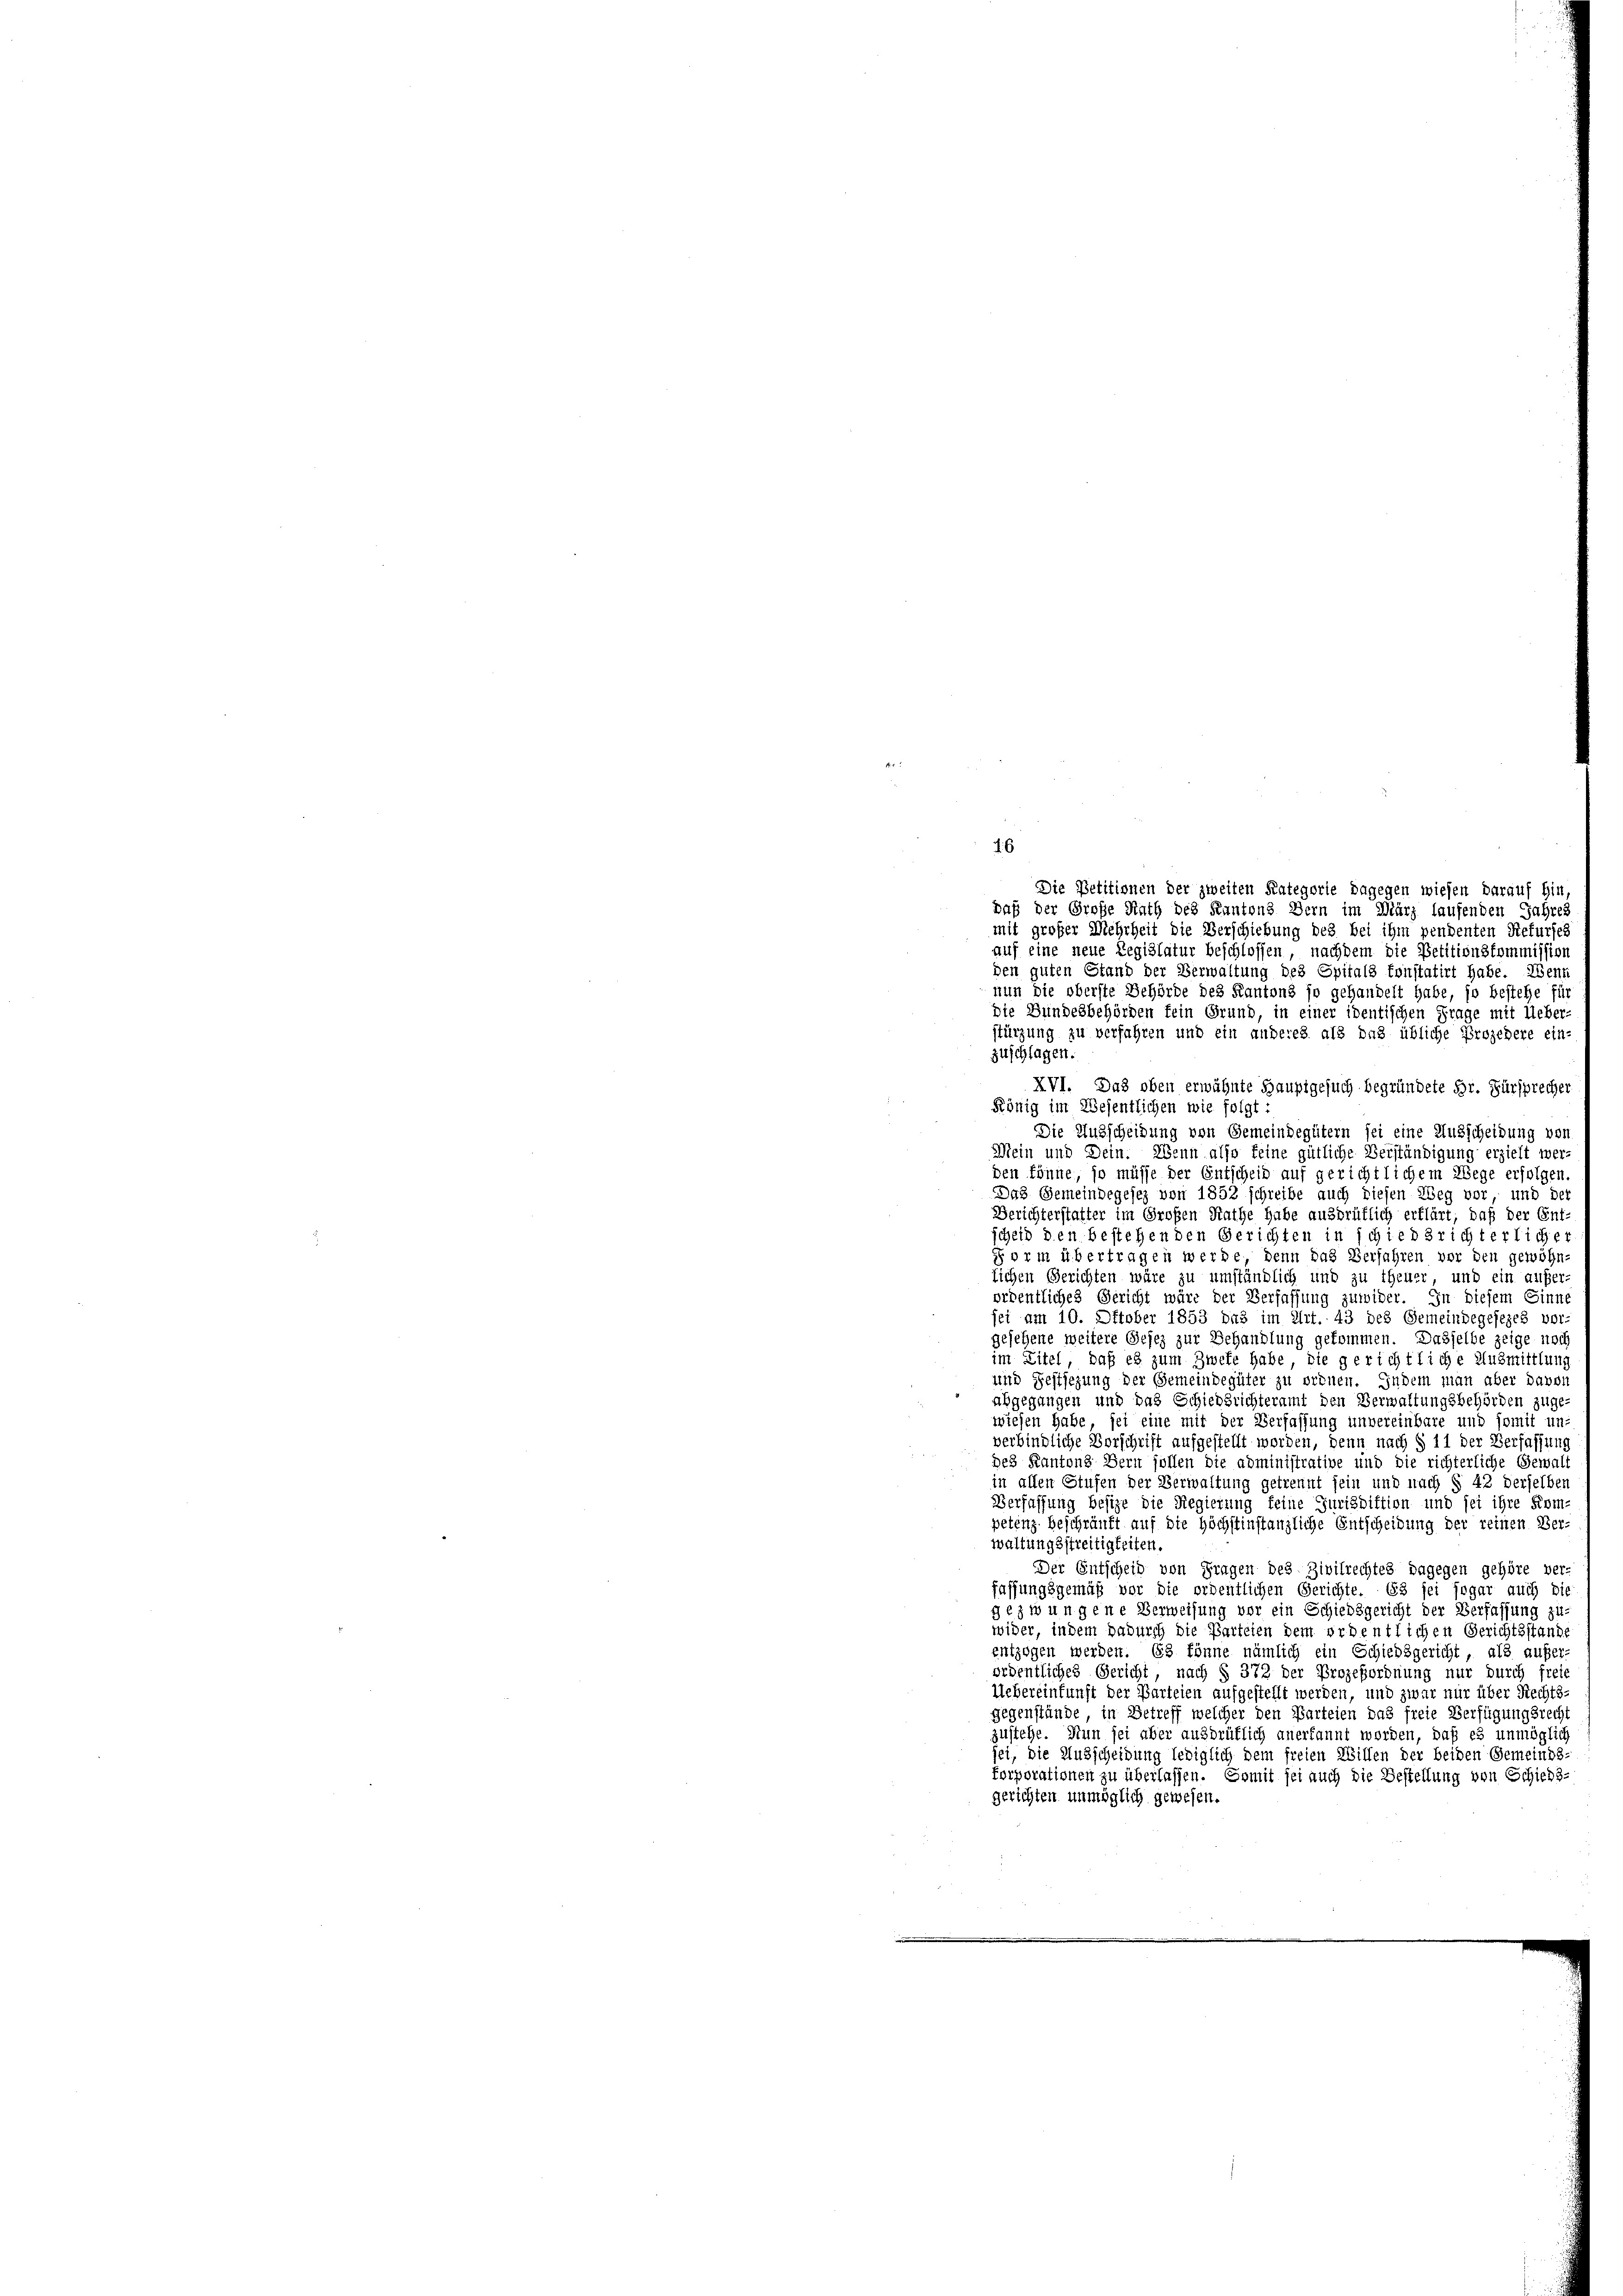
6

Die Petitionen der zweiten Kategorie dagegen wiesen darauf hin
daß der Große Rath des Kantons Bern im März laufenden Jahres
mit großer Mehrheit die Verschiebung des bei ihm pendenten Refurfe
auf eine neue Regislatur beschlossen, nachdem die Petitionskommission
den guten Stand der Verwaltung des Spitals konstatirt habe. Went
nun die oberste Behörde des Kantons so gehandelt habe, so bestehe für
dte Bundesbehörden fein Grund, in einer identischen Frage mit Ueber-
stürzung zu verfahren und ein anderes als das übliche Projedere ein-
zuschlagen.
XVI. Das oben erwähnte Hauptgesuch begründete Hr. Fürsprecher
König im Wesentlichen wie folgt:
Die Ausscheidung von Gemeindegütern sei eine Ausscheidung von
Mein und Dein. Wenn also feine gütliche Verständigung erzielt wer-
den könne, so müsse der Entscheid auf gerichtlichem Wege erfolgen,
Das Gemeindegesez von 1852 schreibe auch ziehen Weg vor, und der
Berichterstatter im Großen Rathe habe ausbrütlich erklärt, daß der Entscheid den bestehenden Gerichten in schiedsrichterlicher
Form übertragen werde, denn das Verfahren vor den gewöhn-
lichen Gerichten wäre zu umständlich und zu theuer, und ein aufer-
ordentliches Gericht wäre der Verfassung zuwider. In diesem Sinn
sei am 10. Oktober 1853 des im Art. 43 des Gemeindegesezes vor-
gesehene weitere Gesez zur Behandlung gekommen. Dasselbe zeige noch
im Zitel, daß es zum Zweke habe, die gerichtliche Ausmittlung
und Festsezung der Gemeinbegüter zu ordnen. Indem man aber davon
abgegangen und das Schiedsrichteramt den Verwaltungsbehörden zuge-
wiesen habe, sei eine mit der Verfassung unvereinbare und somit un-
verbindliche Vorschrift aufgestellt worden, denn nach § 11 der Verfassung
des Kantons Bern sollen die administrative und die richterliche Gewalt
in allen Stufen der Verwaltung getrennt sein und nach § 42 derselben
Verfassung besize die Regierung feine Jurisdiktion und sei ihre Kom-
petenz. Beschränkt auf die höchstinstanzliche Entscheidung der reinen Ver-
waltungsstreitigkeiten
Der Entscheid von Fragen des Zivilrechtes dagegen gehöre ver-
fassungsgemäß vor die ordentlichen Gerichte. 653 sei sogar auch die
gezwungene Verweisung vor ein Schiedsgericht der Verfassung zu
wider, indem dadurch die Parteien dem ordentlichen Gerichtsstande
entzogen werden. Es könne nämlich ein Schiedsgericht, als aufer-
ordentliches Gericht, nach § 372 der Prozeßordnung nur durch freie
Uebereinkunft der Parteien aufgestellt werden, und zwar nur über Rechts-
gegenstände, in Betreff welcher den Parteien das freie Verfügungsrecht
zustehe. Nun sei aber ausdrüklich anerkannt worden, daß es unmöglich
sei, die Ausscheidung lediglich dem freien Willen der beiden Gemeinds-
korporationen zu überlassen. Comit sei auch die Bestellung von Schieds-
gerichten unmöglich gewesen.